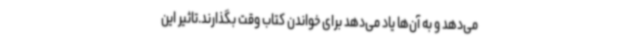
می‌دهد و به آن‌ها یاد می‌دهد برای خواندن کتاب وقت بگذارند.تاثیر این